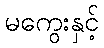
မကွေးနှင့်